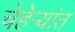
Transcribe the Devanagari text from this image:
चेहेर्‍यांत